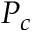
P _ { c }